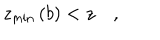
z _ { \min } \left( b \right) < z \quad ,